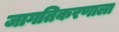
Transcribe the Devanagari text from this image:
जागतिकरणाला